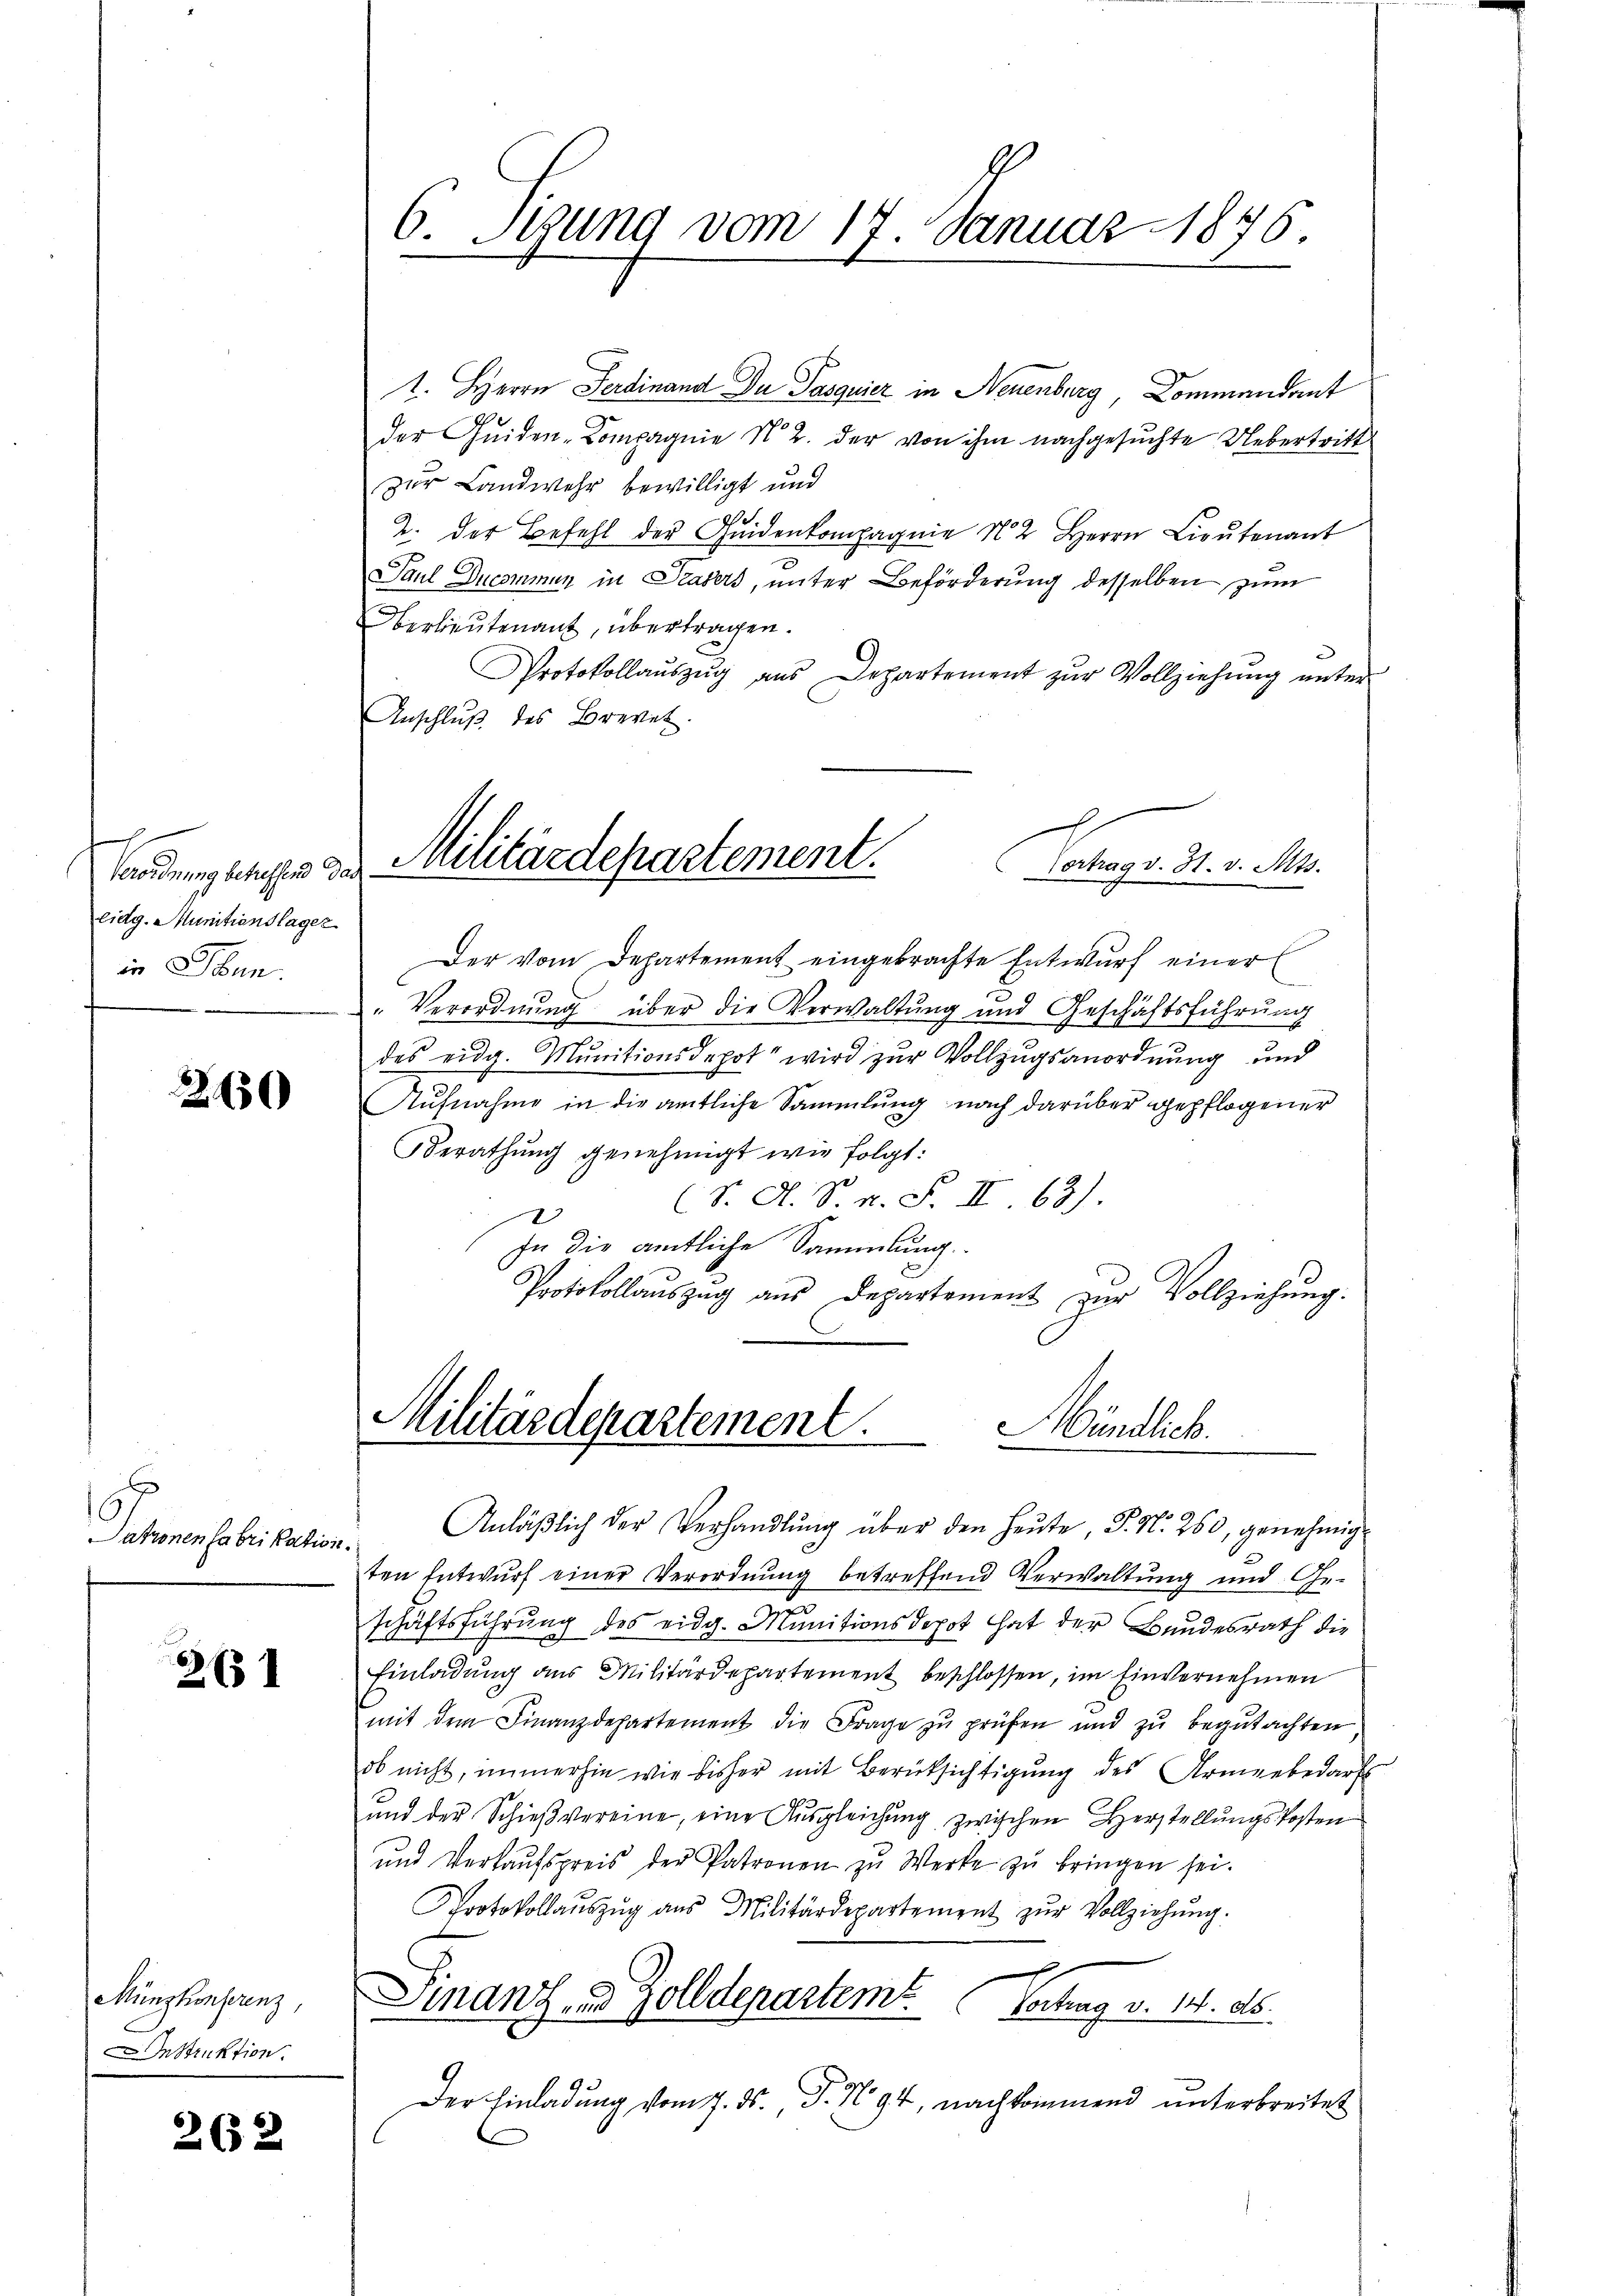
Verordnung betreffend das
Eidg. Munitionslager
in Jun.

2650

Jahonen Fabrikation.

2631

Münzkonferenz,
Instruktion.

262

6. Sigung vom 17. Januar 1876.

1. Herrn Ferdinand Du Pasquier in Neuenburg, Commendant
der Quiden-Compagnie N. Z. der von ihm nachgesuchte Uebertritt
zur Landwehr bewilligt und
2. der Befehl der Heidenkompagnie 2 Herrn Lieŭtenant
Paul Ducommun in Paters, unter Beförderung desselben zum
Berlieutenant, übertragen.
Protokollauszug aus Departement zur Vollziehung unter
Anschluß des Brevet.

Militärdepartement.
Vortrag v. St. v. Mts.

Der vom Departement eingebrachte Entwurf einer
Verordnung über die Verwaltung und Geschäftsführung
des eidg. Munitionsdepot wird zur Vollzugsanordnung und
Aufnahme in die amtliche Sammlung nach darüber gepflogener
Berathung genehmigt wie folgt:
(S. A. S. n. F. II 63).
In die amtliche Sammlung.
Protokollaŭszŭg aŭs Departement zŭr Vollziehŭng.
Militärdepartement.
Mündlich.

Anläβlich der Verhandlŭng über den heŭte, P. N. 260, genehmig
ten Entwurf einer Verordnung betreffend Verwaltung und Ge-
schäftsführung des eidg. Munitionsdepot hat der Bundesrath die
Einladŭng aus Militärdepartement beschlossen, im Einvernehmen
mit dem Finanzdepartement die Frage zŭ prüfen und zu begutachten
ob nicht, immerhin wie bisher mit Berücksichtigung des Armeebedarf
und der Schießvereine, eine Ausgleichung zwischen Herstellungskosten
und Verkaŭfspreis der Patronen zŭ Werke zŭ bringen sei.
Protokollaŭszŭg aŭs Militärdepartement zŭr Vollziehŭng.
Finanz- u. Zolldepartem Vortrag v. 14. ds.
Der Einladung vom 7. ds. P. No 94, nachkommend unterbreitet